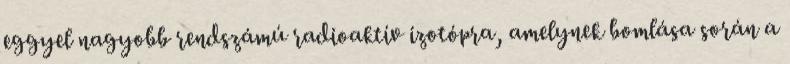
eggyel nagyobb rendszámú radioaktív izotópra, amelynek bomlása során a